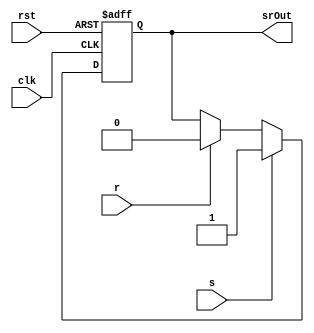
`timescale 1ns / 1ps
////////////////////////////////////////////////////////////////////////////////////
// This document contains information prorietary to the CSULB student that created
// the file -  any reuse without adequate approval and documentation is prohibited
//
// Project: Project 4 FullUART with the Tramelblaze
// Created by <Aaron Mai> on <November 11, 2020>
// Copright @ 2020 <Aaron Mai>. All rights reserved
//
//In submitting this file for class work at CSULB I am confirming 
// that this is my work product.  In the event other code sources are
// utilized I will document that code identifying the author. In  
// submitting this work I acknowledge that plagiarism in student  
// project work is subject to dismissal from the class.

/////////////////////////////////////////////////////////////////////////////////// 

module srflop(input clk, rst, s, r, 
				  output reg srOut);
				 
	
	always @(posedge clk, posedge rst)
		if(rst) srOut <= 1'b0; else
		if(s)	  srOut <= 1'b1; else
		if(r)   srOut <= 1'b0; 
		else	  srOut <= srOut;//not really needed


endmodule